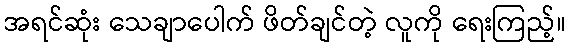
အရင်ဆုံး သေချာပေါက် ဖိတ်ချင်တဲ့ လူကို ရေးကြည့်။